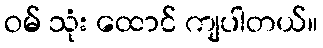
ဝမ် သုံး ထောင် ကျပါတယ်။